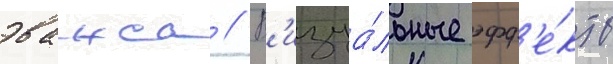
эванса // В'изуа́льные эфф'е́кты